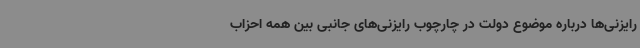
رایزنی‌ها درباره موضوع دولت در چارچوب رایزنی‌های جانبی بین همه احزاب